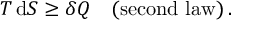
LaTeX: T \, \mathrm { d } S \geq \delta Q \quad \mathrm { { ( s e c o n d \, \, l a w ) } } \, .